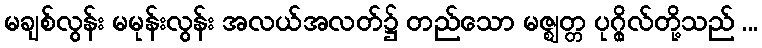
မချစ်လွန်း မမုန်းလွန်း အလယ်အလတ်၌ တည်သော မဇ္ဈတ္တ ပုဂ္ဂိုလ်တို့သည် ...